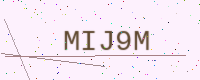
Text: MIJ9M